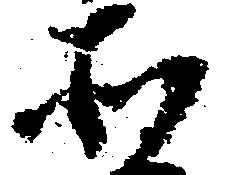
そ